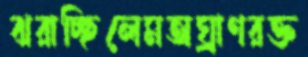
ঝরাচ্ছিলেমঅঘ্রাণরক্ত